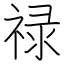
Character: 禄